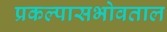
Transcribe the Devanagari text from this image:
प्रकल्पासभोवताल